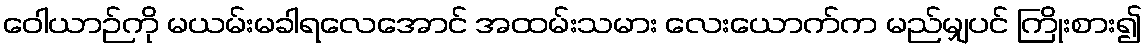
ဝေါယာဉ်ကို မယမ်းမခါရလေအောင် အထမ်းသမား လေးယောက်က မည်မျှပင် ကြိုးစား၍